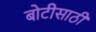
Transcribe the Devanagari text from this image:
बोटीसाठी